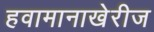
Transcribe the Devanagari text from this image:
हवामानाखेरीज